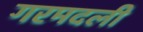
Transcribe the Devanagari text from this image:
गरमदली